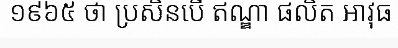
១៩៦៥ ថា ប្រសិនបើ ឥណ្ឌា ផលិត អាវុធ